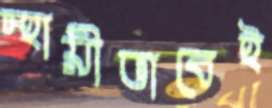
স্থায়ীভাবেই